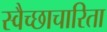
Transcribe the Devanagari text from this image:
स्वैच्छाचारिता